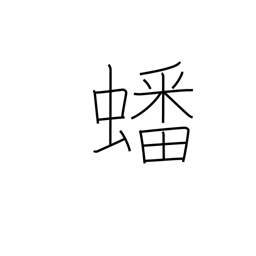
Meaning: coiled up